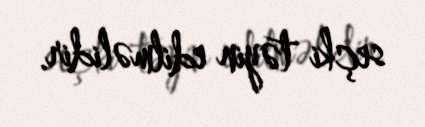
seçki təyin edilməlidir.